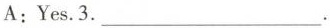
A.Yes.3.___.